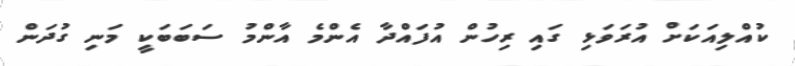
ކުއްލިއަކަށް އުރަވަޅި ގައި ރިހުން އުފައްދާ އެންމެ އާންމު ސަބަބަކީ މަނި ގުދަން